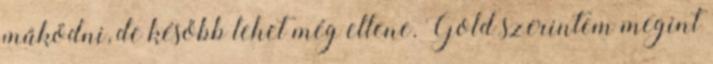
működni, de később lehet még ellene. Gold szerintem megint